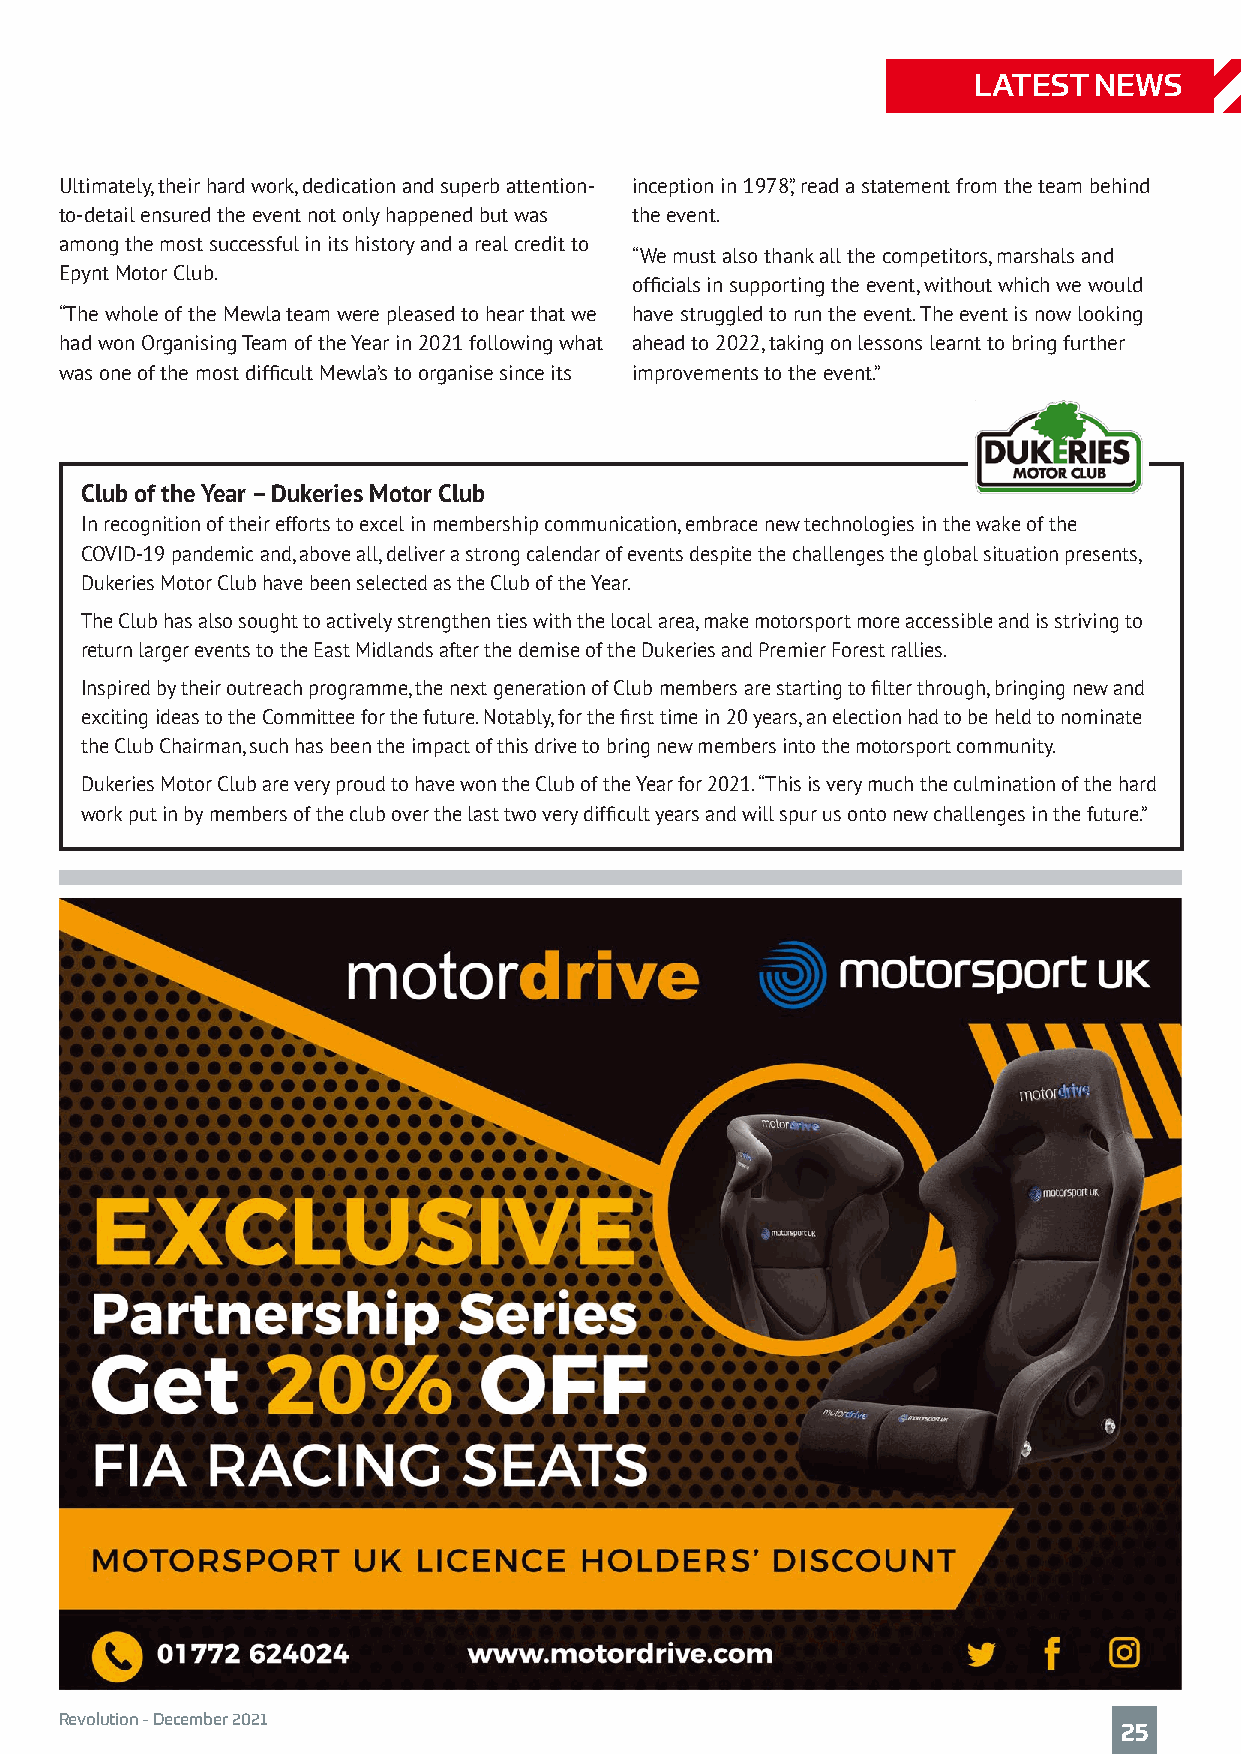
LATEST  NEWS
 Ultimately, their hard work, dedication and superb attention- inception in 1978,” read a statement from the team behind
 to-detail ensured the event not only happened but was the event.
 among the most successful in its history and a real credit to
 “We must also thank all the competitors, marshals and
 Epynt Motor Club.
 officials in supporting the event, without which we would
 “The whole of the Mewla team were pleased to hear that we have struggled to run the event. The event is now looking
 had won Organising Team of the Year in 2021 following what ahead to 2022, taking on lessons learnt to bring further
 was one of the most difficult Mewla’s to organise since its improvements to the event.”
 Club of the Year – Dukeries Motor Club
 In recognition of their efforts to excel in membership communication, embrace new technologies in the wake of the
 COVID-19 pandemic and, above all, deliver a strong calendar of events despite the challenges the global situation presents,
 Dukeries Motor Club have been selected as the Club of the Year.
 The Club has also sought to actively strengthen ties with the local area, make motorsport more accessible and is striving to
 return larger events to the East Midlands after the demise of the Dukeries and Premier Forest rallies.
 Inspired by their outreach programme, the next generation of Club members are starting to filter through, bringing new and
 exciting ideas to the Committee for the future. Notably, for the first time in 20 years, an election had to be held to nominate
 the Club Chairman, such has been the impact of this drive to bring new members into the motorsport community.
 Dukeries Motor Club are very proud to have won the Club of the Year for 2021. “This is very much the culmination of the hard
 work put in by members of the club over the last two very difficult years and will spur us onto new challenges in the future.”
 Revolution - December 2021
 25